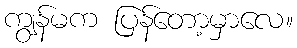
ကျွန်မက ပြန်တော့မှာလေ။